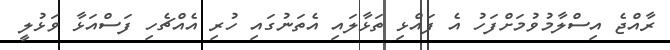
ރާއްޖެ އިސްލާމުވުމަށްފަހު އެ ފައްޅި ތަޅާލައި އެތަނުގައި ހުރި އެއްޗެހި ފަސްއަޅާ ވަޅުލީ